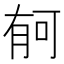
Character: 𣍳